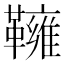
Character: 𩍓